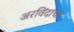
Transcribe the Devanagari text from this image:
अरविंदांचा